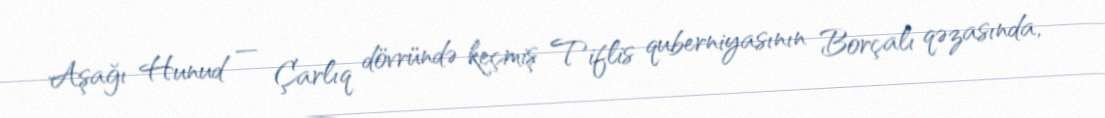
Aşağı Hunud — Çarlıq dövründə keçmiş Tiflis quberniyasının Borçalı qəzasında,